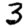
Digit: 3